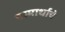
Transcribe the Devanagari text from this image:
परमार्थाचे